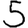
Digit: 5